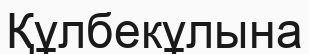
Құлбекұлына